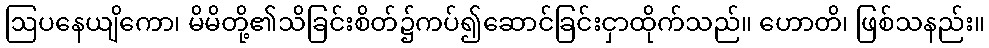
ဩပနေယျိကော၊ မိမိတို့၏သိခြင်းစိတ်၌ကပ်၍ဆောင်ခြင်းငှာထိုက်သည်။ ဟောတိ၊ ဖြစ်သနည်း။